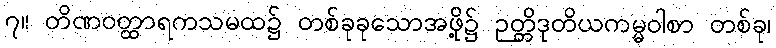
၇။ တိဏဝတ္ထာရကသမထ၌ တစ်ခုခုသောအဖို့၌ ဉတ္တိဒုတိယကမ္မဝါစာ တစ်ခု၊